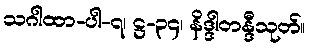
သဂါထာ-ပါ-၇၊ ဋ္ဌ-၃၄၊ နိဒ္ဒါတန္ဒီသုတ်။